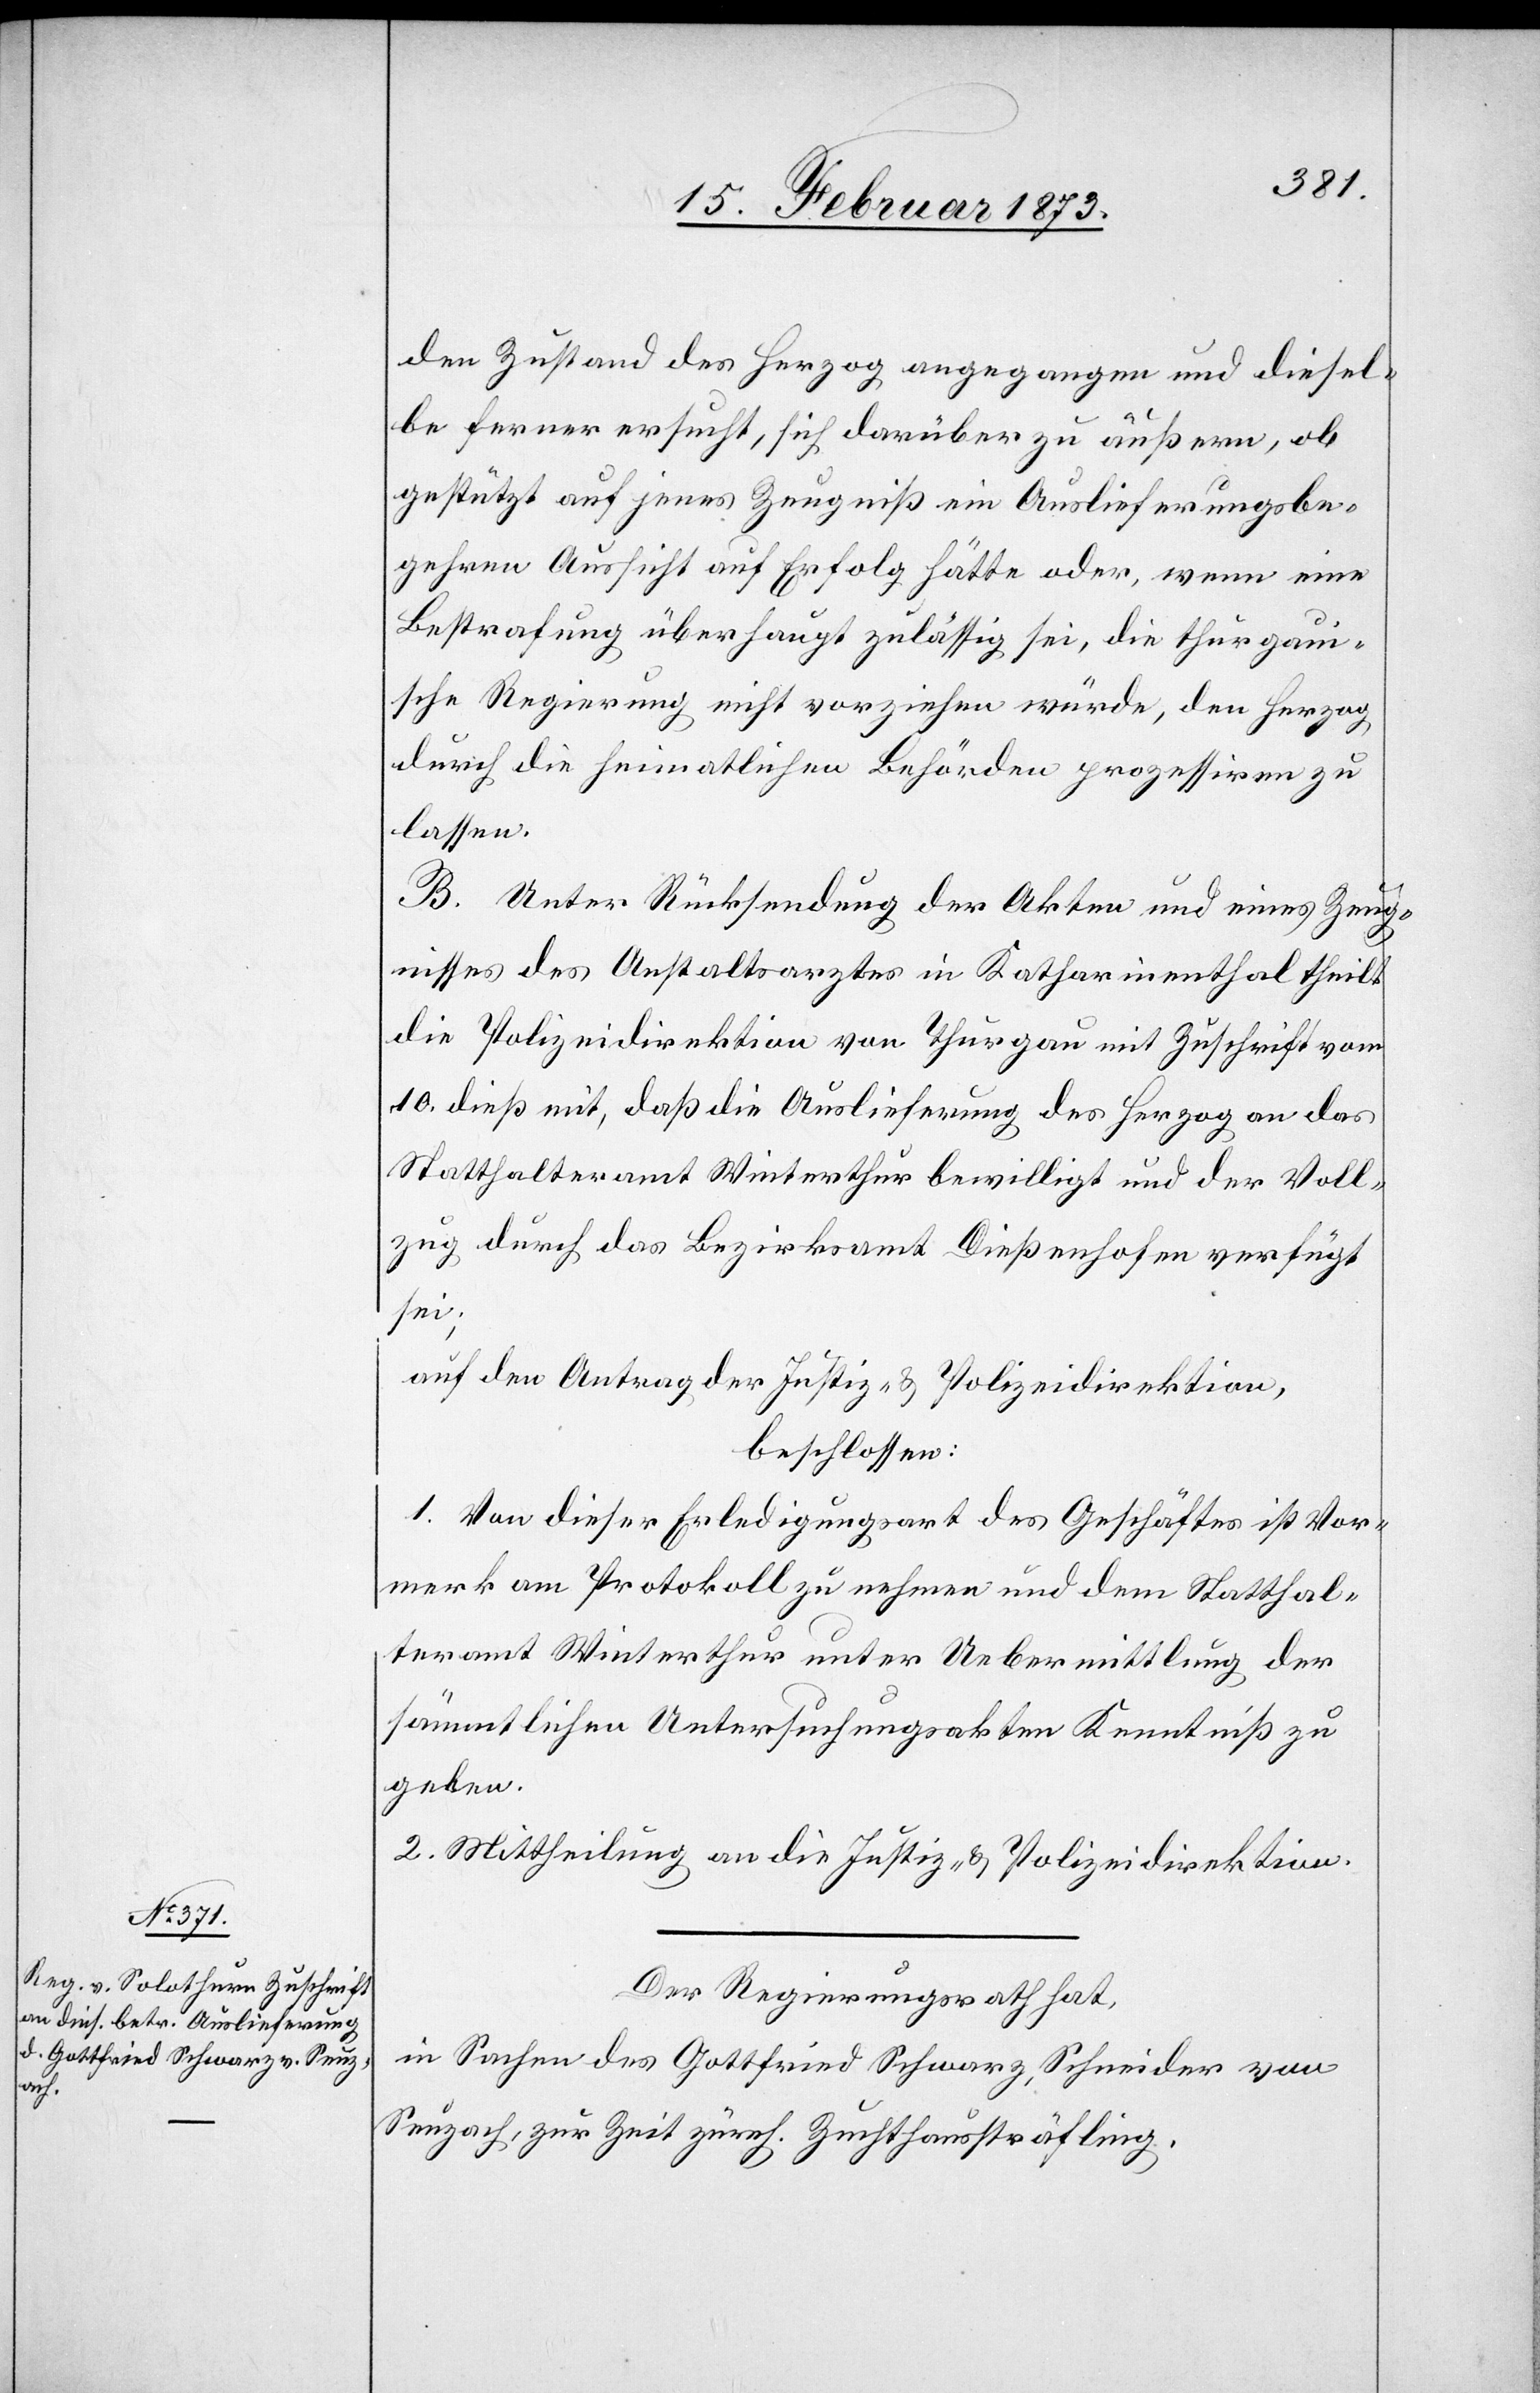
den Zustand des Herzog angegangen und diesel¬
be ferner ersucht, sich darüber zu äußern, ob
gestützt auf jenes Zeugniß ein Auslieferungsbe¬
gehren Aussicht auf Erfolg hätte oder, wenn eine
Bestrafung überhaupt zulässig sei, die thurgaui¬
sche Regierung nicht vorziehen würde, den Herzog
durch die heimatlichen Behörden prozessiren zu
lassen.
B. Unter Rücksendung der Akten und eines Zeug¬
nisses des Anstaltsarztes in Katharinenthal theilt
die Polizeidirektion von Thurgau mit Zuschrift vom
10. dieß mit, daß die Auslieferung des Herzog an das
Statthalteramt Winterthur bewilligt und der Voll¬
zug durch das Bezirksamt Dießenhofen verfügt
sei;
auf den Antrag der Justiz- u. Polizeidirektion,
beschlossen:
1. Von dieser Erledigungsart des Geschäftes ist Vor¬
merk am Protokoll zu nehmen und dem Statthal¬
teramt Winterthur unter Uebermittlung der
sämmtlichen Untersuchungsakten Kenntniß zu
geben.
2. Mittheilung an die Justiz- u. Polizeidirektion.
Der Regierungsrath hat,
in Sachen des Gottfried Schwarz, Schneider von
Seuzach, zur Zeit zürch. Zuchthaussträfling,